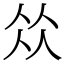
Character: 𠈌